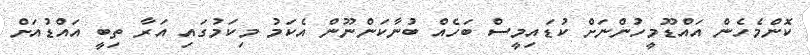
ކޮންމެހެން އައްޑޫމީހުންނަށް ކުޑައިމީސް ބަހެއް ބުނާކަންނޫން އެކަމު މިކަމުގައި އަރާ ތިބީ އައްޑުއަށް